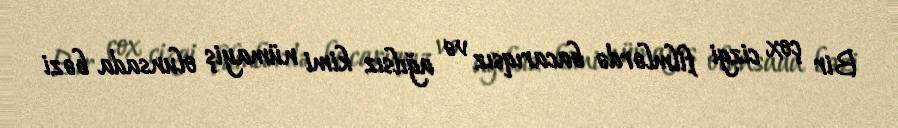
Bir çox cizgi filmlərdə bacarıqsız və ağılsız kimi nümayiş olunsada bəzi